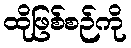
ထိုဖြစ်စဉ်ကို